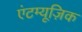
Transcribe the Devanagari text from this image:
एंटम्यूज़िक